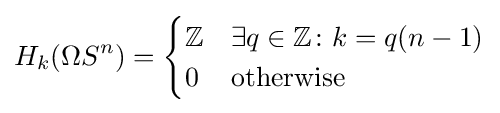
H_{k}(\Omega S^{n})={\begin{cases}\mathbb {Z} &\exists q\in \mathbb {Z} \colon k=q(n-1)\\0&{\text{otherwise}}\end{cases}}